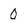
Character: 0